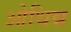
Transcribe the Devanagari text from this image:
ओथिन्न